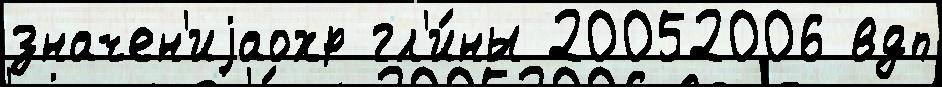
значен'иjаохр гл'и́ны 20052006 вдп